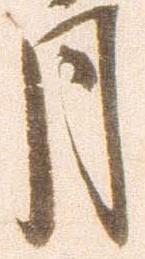
月